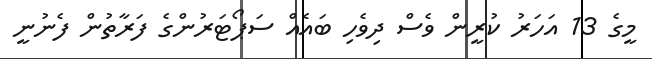
މީގެ 13 އަހަރު ކުރީން ވެސް ދިވެހި ބައެއް ސަޕޯޓަރުންގެ ފަރާތުން ފެނުނީ